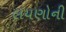
લયણોની